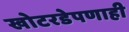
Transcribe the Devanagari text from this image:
खोटरडेपणाही